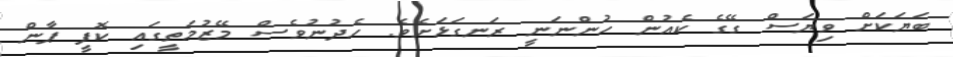
ބަޔަކަށް ވިޔަސް ގޭގެ ކެއުން ހުންނަނީ ރަނގަޅަށެވެ. ހެދުނުވެސް މޭޒުމަތީގައި ކޮފީ ޕާން